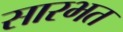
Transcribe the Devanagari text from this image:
सारभत